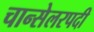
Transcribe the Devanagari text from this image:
चान्सेलरपदी